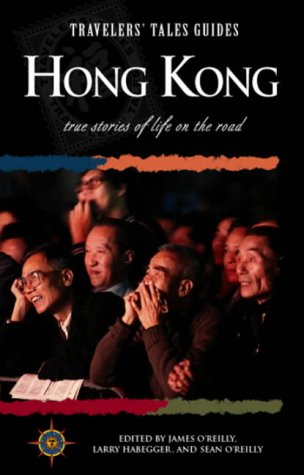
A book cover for Travelers' Tales Hong Kong; Travel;